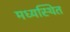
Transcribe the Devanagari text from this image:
मध्यस्थित